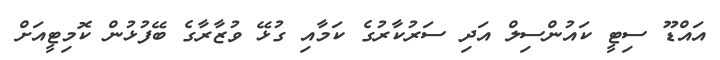
އައްޑޫ ސިޓީ ކައުންސިލް އަދި ސަރުކާރުގެ ކަމާއި ގުޅޭ ވުޒާރާގެ ބޭފުޅުން ކޮމިޓީއަށް